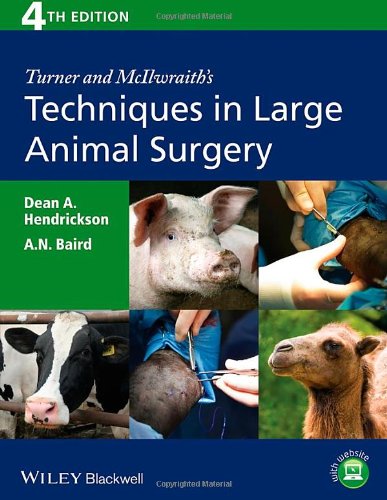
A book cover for Turner and McIlwraith's Techniques in Large Animal Surgery; Dean A. Hendrickson; Medical Books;